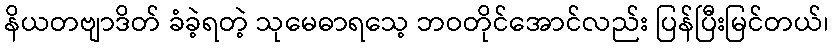
နိယတဗျာဒိတ် ခံခဲ့ရတဲ့ သုမေဓာရသေ့ ဘဝတိုင်အောင်လည်း ပြန်ပြီးမြင်တယ်၊